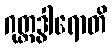
ဂုတ္တဒွါရောတိ